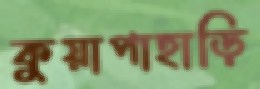
কুয়াপাহাড়ি